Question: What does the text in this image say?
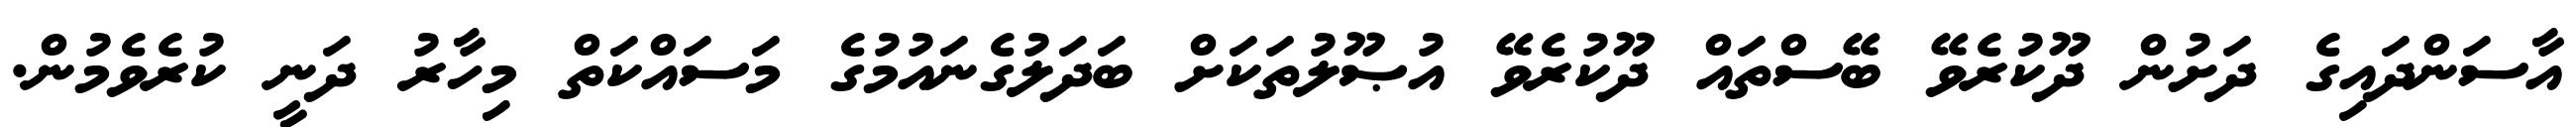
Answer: އާސަންދައިގެ ދަށުން ދޫކުރެވޭ ބޭސްތައް ދޫކުރެވޭ އުޞޫލުތަކަށް ބަދަލުގެނައުމުގެ މަސައްކަތް މިހާރު ދަނީ ކުރެވެމުން.